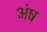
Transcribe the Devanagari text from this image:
अंष